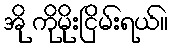
အို ကိုမိုးငြိမ်းရယ်။